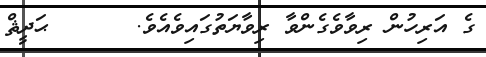
ގެ އަރިހުން ރިވާވެގެންވާ ރިވާޔަތުގައިވެއެވެ.      ޙަދީޘް